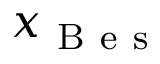
x _ { \mathrm { ~ B ~ e ~ s ~ } }